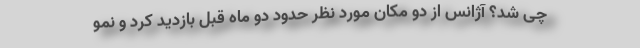
چی شد؟ آژانس از دو مکان مورد نظر حدود دو ماه قبل بازدید کرد و نمو